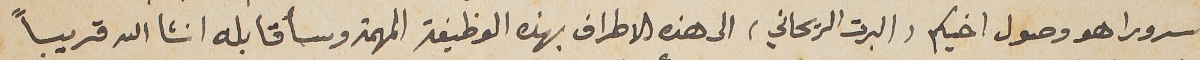
سرورا هو وصول اخيكم (البرت الريحاني) الى هذه الاطراف بهذه الوظيفة المهمة وسأقابله انشاالله قريباً